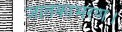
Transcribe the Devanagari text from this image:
जातकाभरण।